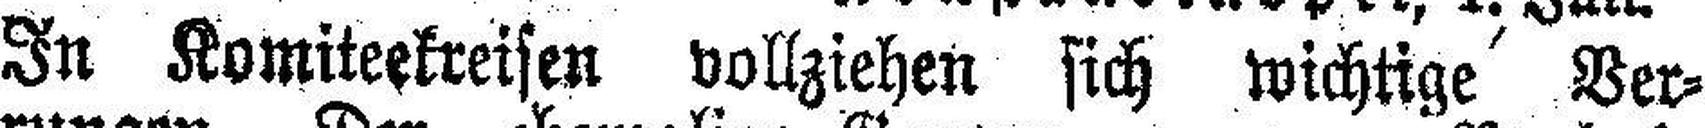
In Komiteekreisen vollziehen sich wichtige Ver¬